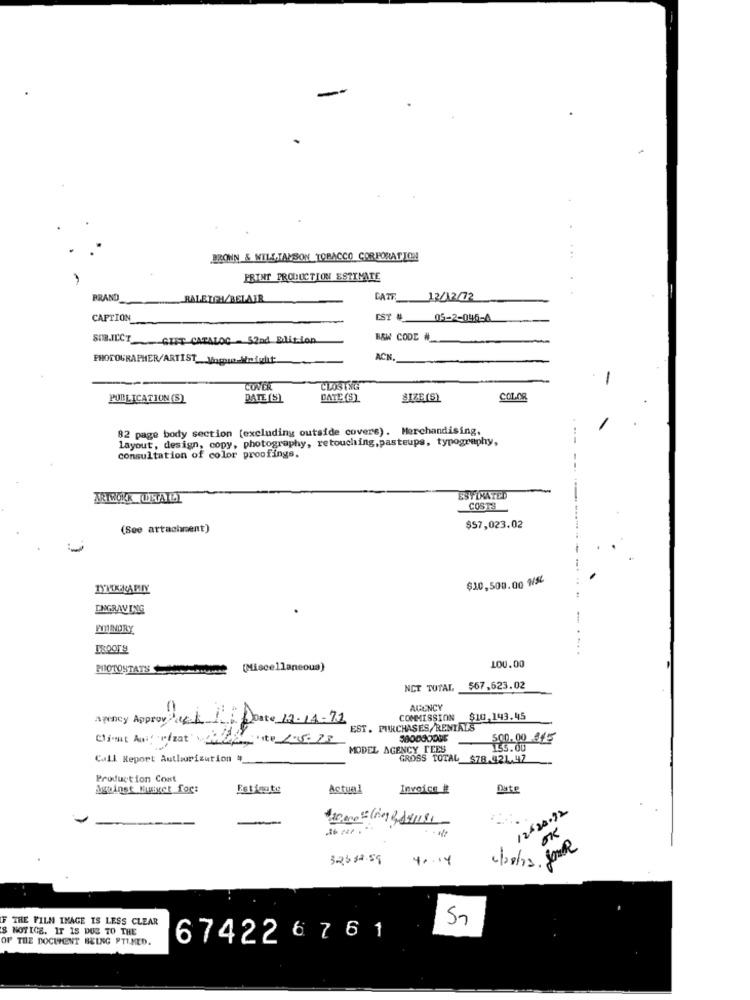
BROWN & WILLIAMSON TOBACCO CORPORATION!
PRINT PRODUCTION ESTIMATE
BRAND
...... RALEIGH/BELAIR
CATE_12/12/72
CAPTION
EST #
05-2-046-4
SUBJECT GIFT CATALOG - 52nd Edition
B&W CODE #_
PHOTOGRAPHER/ARTIST_ Vingio-Weight-
ACH.
-
COVER
CLOSING
PUBLICATION (S)
DATE (S)
DATE (S)
SIZE (S)
COLOR
82 page body section (excluding outside covers). Merchandising,
layout, design, copy, photography, retouching,pasteups, typography,
consultation of color proofings.
ARTRUKK UIWAILL
ESTIMATED
COSTS
(See attachment)
$57,023.02
$30,500.00 1/5L
ENGRAVING
PHOTOSTATSHUN
(Miscellaneous)
100.00
NCT TOTAL
567,623.02
AGENCY
Agency Approved I Dosto 12-11-71
COMMISSION $10.143.45
EST. PURCHASES/RENTALS
Client AutorizatoMEA
Lepite 1.5.23
5.00. 00 345
MODEL AGENCY TEES
155.00
Call Report Authorization 4_
GROSS TOTAL $78.421.47
Production Cont
Against Muiyet for:
Estimate
Actual
Invoice #
Date
12-20.72
-
OK
32332.59
4×14
F THE FILM IMAGE IS LESS CLEAR
NOTICE. IT 15 DUS TO THE
OF THE DOCUMENT BELNG PTIMED.
674226 761